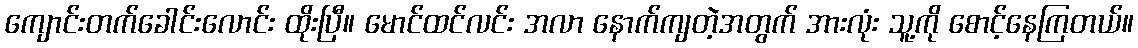
ကျောင်းတက်ခေါင်းလောင်း ထိုးပြီ။ မောင်ထင်လင်း အလာ နောက်ကျတဲ့အတွက် အားလုံး သူ့ကို စောင့်နေကြတယ်။